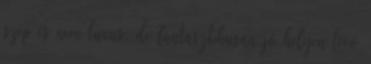
szép és nem luxus, de fantasztikusan jó helyen lévő